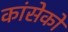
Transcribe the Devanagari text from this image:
कांसेको